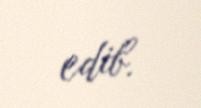
edib.